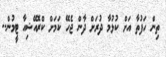
ތިން ހަފުތާ އަށް ކުޅުމާ ދުރަށް ދާން ޖެހޭ ކަމަށް ކްރޮއޭޝިއާ ޓީމުން..